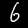
Label: 6